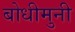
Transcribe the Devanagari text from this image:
बोधीमुनी